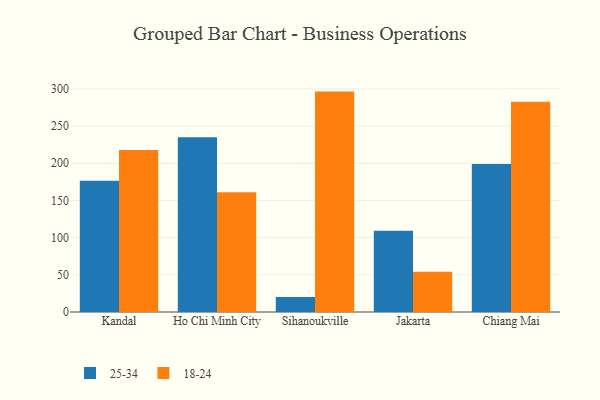
{"axis": {"x": "City", "y": "Inventory Turnover"}, "legend": ["18-24", "25-34"], "data": [{"x": "Kandal", "y": 176.3, "type": "25-34"}, {"x": "Kandal", "y": 217.7, "type": "18-24"}, {"x": "Ho Chi Minh City", "y": 234.8, "type": "25-34"}, {"x": "Ho Chi Minh City", "y": 161.0, "type": "18-24"}, {"x": "Sihanoukville", "y": 20.2, "type": "25-34"}, {"x": "Sihanoukville", "y": 296.3, "type": "18-24"}, {"x": "Jakarta", "y": 109.1, "type": "25-34"}, {"x": "Jakarta", "y": 54.0, "type": "18-24"}, {"x": "Chiang Mai", "y": 198.9, "type": "25-34"}, {"x": "Chiang Mai", "y": 282.8, "type": "18-24"}]}